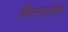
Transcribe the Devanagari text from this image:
हिराताईंनी